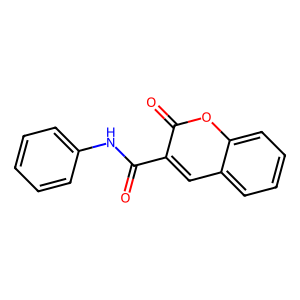
SMILES: O=C(Nc1ccccc1)c1cc2ccccc2oc1=O
Inhibits HIV replication: No